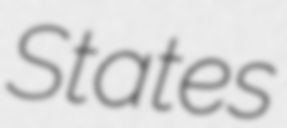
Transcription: States